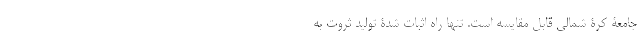
جامعۀ کرۀ شمالی قابل مقایسه است. تنها راهِ اثبات شدۀ تولیدِ ثروت به